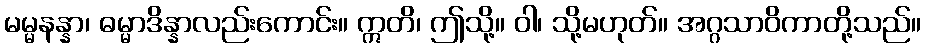
မမ္မနန္နာ၊ ဓမ္မာဒိန္နာလည်းကောင်း။ ဣတိ၊ ဤသို့။ ဝါ၊ သို့မဟုတ်။ အဂ္ဂသာဝိကာတို့သည်။